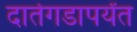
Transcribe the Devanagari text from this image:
दातेगडापर्यंत